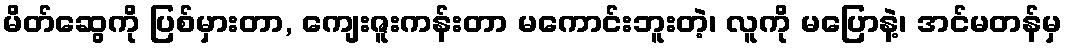
မိတ်ဆွေကို ပြစ်မှားတာ, ကျေးဇူးကန်းတာ မကောင်းဘူးတဲ့၊ လူကို မပြောနဲ့၊ အင်မတန်မှ